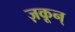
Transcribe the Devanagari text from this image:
ज़कून्